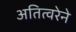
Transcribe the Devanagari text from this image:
अतित्वरेने